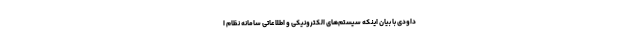
داودی با بیان اینکه سیستم‌های الکترونیکی و اطلاعاتی سامانه نظام ا